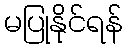
မပြုနိုင်ရန်